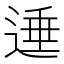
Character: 𨔠